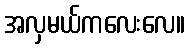
အလှမယ်ကလေးလေ။